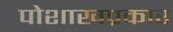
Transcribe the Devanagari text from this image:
पोशाखप्रकार